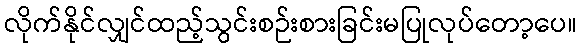
လိုက်နိုင်လျှင်ထည့်သွင်းစဉ်းစားခြင်းမပြုလုပ်တော့ပေ။